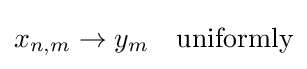
x_{n,m}\to y_{m}\quad {\text{uniformly}}